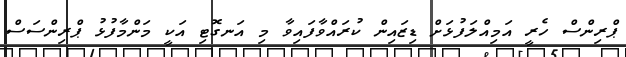
ޕްރިންސް ހެރީ އަމިއްލަފުޅަށް ޑިޒައިން ކުރައްވާފައިވާ މި އަނގޮޓި އަކީ މަންމާފުޅު ޕްރިންސަސް